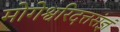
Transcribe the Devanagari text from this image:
मोगेश्वरिदत्तसंज्ञं